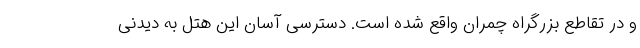
و در تقاطع بزرگراه چمران واقع شده است. دسترسی آسان این هتل به دیدنی